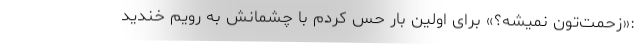
:«زحمت‌تون نمیشه؟» برای اولین بار حس کردم با چشمانش به رویم خندید